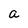
Character: a